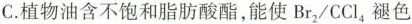
C.植物油含不饱和脂肪酸酯，能使Br_{2}/CCl_{4}褪色